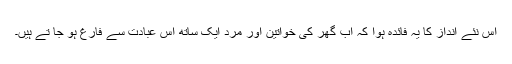
اس نئے انداز کا یہ فائدہ ہوا کہ اب گھر کی خواتین اور مرد ایک ساتھ اس عبادت سے فارغ ہو جا تے ہیں۔